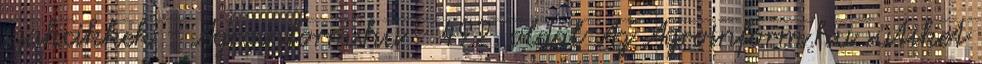
szakcikkek - Agroinform.hu - 492. oldal Az Agroinform.hu sütiket